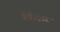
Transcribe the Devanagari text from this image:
मिनिएटर